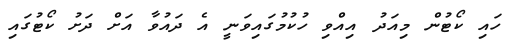
ހައި ކޯޓުން މިއަދު އިއްވި ހުކުމުގައިވަނީ އެ ދައުވާ އަށް ދަށު ކޯޓުގައި